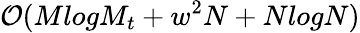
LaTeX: \mathcal{O}(MlogM_{t}+w^{2}N+NlogN)